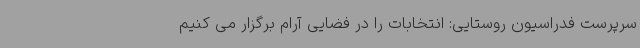
سرپرست فدراسیون روستایی: انتخابات را در فضایی آرام برگزار می کنیم